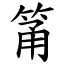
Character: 筩